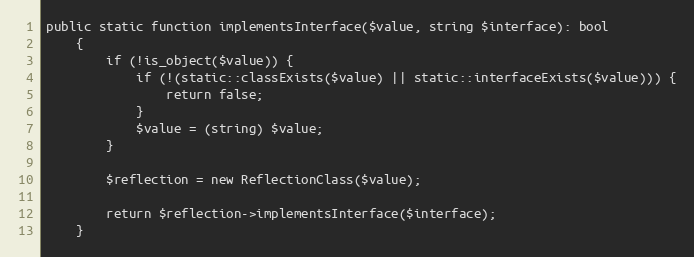
Language: PHP
public static function implementsInterface($value, string $interface): bool
    {
        if (!is_object($value)) {
            if (!(static::classExists($value) || static::interfaceExists($value))) {
                return false;
            }
            $value = (string) $value;
        }

        $reflection = new ReflectionClass($value);

        return $reflection->implementsInterface($interface);
    }